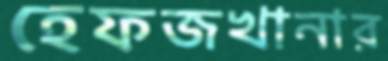
হেফজখানার